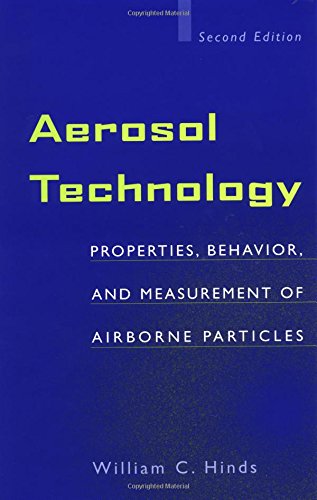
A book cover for Aerosol Technology: Properties, Behavior, and Measurement of Airborne Particles; William C. Hinds; Science & Math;